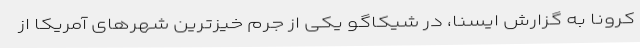
کرونا به گزارش ایسنا، در شیکاگو یکی از جرم خیزترین شهرهای آمریکا از